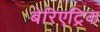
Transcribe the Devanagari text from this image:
बेरिएट्रिक